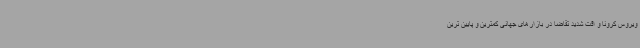
ویروس کرونا و افت شدید تقاضا در بازارهای جهانی کمترین و پایین ترین